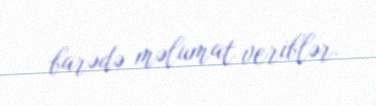
barədə məlumat veriblər.